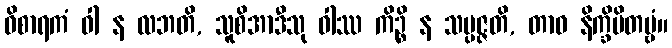
ဝိစာရကံ ဝါ န လဘတိ, သူစိအာဒီသု ဝါဿ ကိဉ္စိ န သမ္ပဇ္ဇတိ, တာဝ နိက္ခိပိတဗ္ဗံ။